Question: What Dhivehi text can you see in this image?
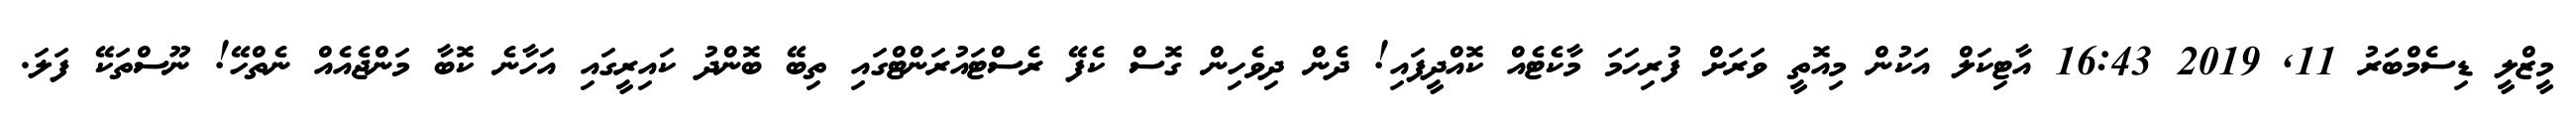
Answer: މީޒްލީ ޑިސެމްބަރު 11, 2019 16:43 އާޓިކަލް އަކުން މިއޮތީ ވަރަށް ފުރިހަމަ މާކެޓެއް ކޮއްދީފައި! ދެން ދިވެހިން ގޮސް ކެފޭ ރެސްޓައުރަންޓްގައި ތިބޭ ބޮންދު ކައިރީގައި އަހާނެ ކޮބާ މަންޖެއެއް ނެތްހޭ! ނޫސްތަކޭ ފަލަ.